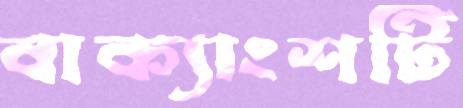
বাক্যাংশটি